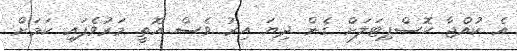
އެ ކުއްޖާ ހޮސްޕިޓަލަށް ގެން ދިޔަ އިރު ވެސް އޮތީ މަރުވެފައި ކަމަށް